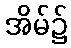
အိမ်၌